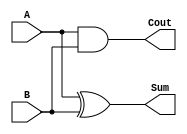
`timescale 1ns / 1ps

module HalfAdder_dataflow(
    input A, B,
    output Sum, Cout
    );
    assign Sum  = A ^ B;
    assign Cout = A & B;
endmodule